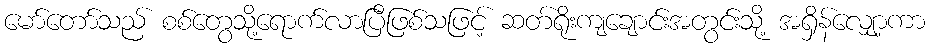
မော်တော်သည် စစ်တွေသို့ရောက်လာပြီဖြစ်သဖြင့် ဆတ်ရိုးကျချောင်းအတွင်းသို့ အရှိန်လျှော့ကာ